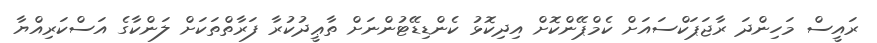
ރައީސް މަހިންދަ ރާޖަޕަކްސައަށް ކެމްޕޭންކޮށް އިދިކޮޅު ކެންޑިޑޭޓުންނަށް ތާޢީދުކުރާ ފަރާތްތަކަށް ލަންކާގެ އަސްކަރިއްޔާ